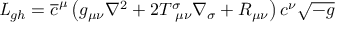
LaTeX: { \it L } _ { g h } = \overline { { { c } } } ^ { \mu } \left( g _ { \mu \nu } \nabla ^ { 2 } + 2 T _ { ~ \mu \nu } ^ { \sigma } \nabla _ { \sigma } + R _ { \mu \nu } \right) c ^ { \nu } \sqrt { - g }